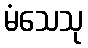
မံသေသု